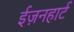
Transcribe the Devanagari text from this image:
ईज़नहार्ट